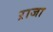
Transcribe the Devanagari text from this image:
ऱाजा